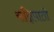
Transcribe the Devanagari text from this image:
सन्निपाती